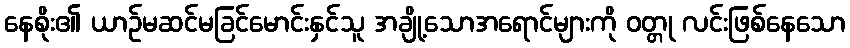
နေစိုး၏ ယာဉ်မဆင်မခြင်မောင်းနှင်သူ အချို့သောအရောင်များကို ဝတ္တု လင်းဖြစ်နေသော